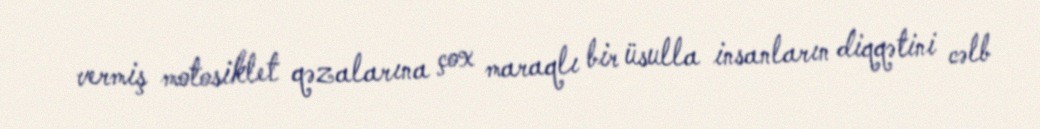
vermiş motosiklet qəzalarına çox maraqlı bir üsulla insanların diqqətini cəlb